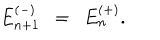
E _ { n + 1 } ^ { ( - ) } ~ ~ = ~ ~ E _ { n } ^ { ( + ) } .